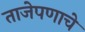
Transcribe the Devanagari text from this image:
ताजेपणाचे